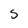
Character: 5